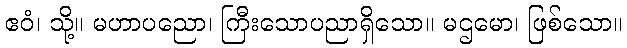
ဧဝံ၊ သို့။ မဟာပညော၊ ကြီးသောပညာရှိသော။ မဌမော၊ ဖြစ်သော။